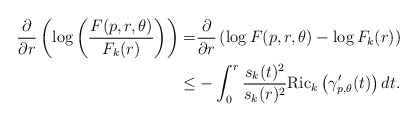
\begin{align*}\frac{\partial }{\partial r}\left(\log \left(\frac{F(p, r, \theta)}{F_k(r)}\right)\right)=&\frac{\partial }{\partial r}\left(\log {F(p, r, \theta)}-\log {F_k(r)} \right)\\\le&-\int_{0}^{r} \frac{s_{k}(t)^{2}}{s_{k}(r)^{2}} {\mathrm{Ric}}_{k}\left(\gamma_{p, \theta}^{\prime}(t)\right) d t.\end{align*}